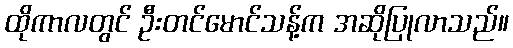
ထိုကာလတွင် ဦးတင်မောင်သန့်က အဆိုပြုလာသည်။